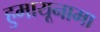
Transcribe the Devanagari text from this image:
हुमायूनामा